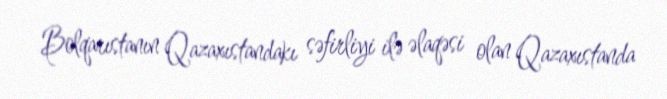
Bolqarıstanın Qazaxıstandakı səfirliyi ilə əlaqəsi olan Qazaxıstanda